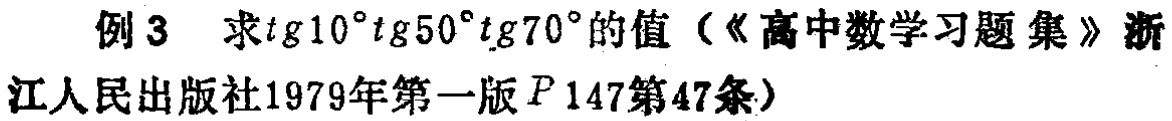
例3 求\(tg10^{\circ}tg50^{\circ}tg70^{\circ}\)的值（《高中数学习题集》浙江人民出版社1979年第一版\(P147\)第47条）